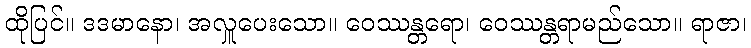
ထိုပြင်။ ဒဒမာနော၊ အလှူပေးသော။ ဝေဿန္တရော၊ ဝေဿန္တရာမည်သော။ ရာဇာ၊